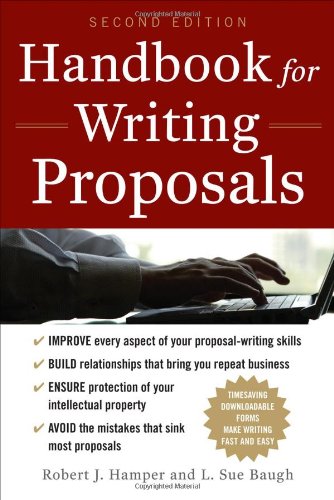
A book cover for Handbook For Writing Proposals, Second Edition; Robert J. Hamper; Business & Money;